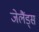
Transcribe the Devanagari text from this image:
जेलैंड्स